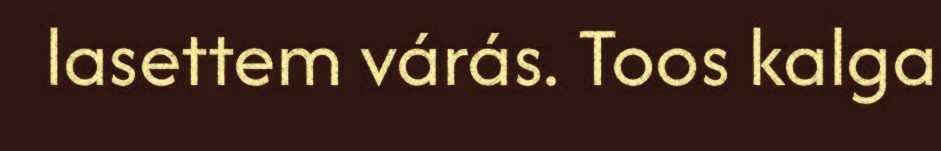
lasettem várás. Toos kalga